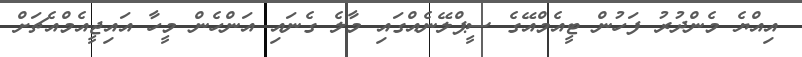
އިއްޔެ މެންދުރު ފަހުން ޓީއެމްއޭގެ ސީޕްލޭނެއްގައި މާލެ ގެނައި އަންހެން މީހާ އައިޖީއެމްއެޗަށް